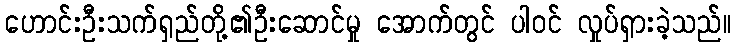
ဟောင်းဦးသက်ရှည်တို့၏ဦးဆောင်မှု အောက်တွင် ပါဝင် လှုပ်ရှားခဲ့သည်။